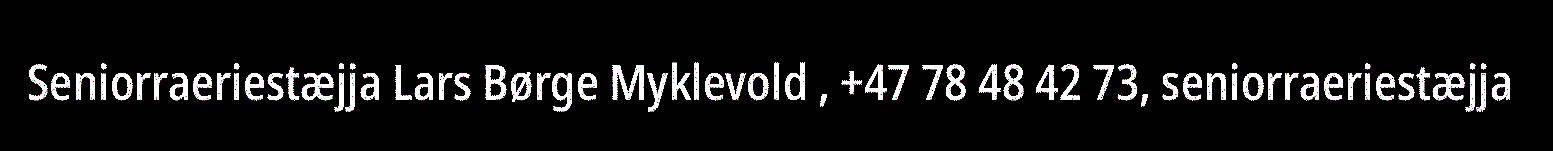
Seniorraeriestæjja Lars Børge Myklevold , +47 78 48 42 73, seniorraeriestæjja